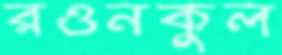
রওনকুল